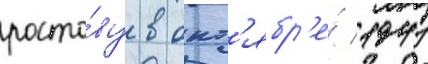
росто́ву в окт'ябр'е́ 1941